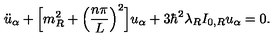
\ddot { u } _ { \alpha } + \Bigl [ m _ { R } ^ { 2 } + \Bigl ( \frac { n \pi } { L } \Bigr ) ^ { 2 } \Bigr ] u _ { \alpha } + 3 \hbar ^ { 2 } \lambda _ { R } I _ { 0 , R } u _ { \alpha } = 0 .